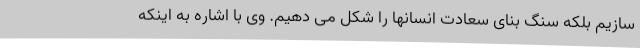
سازیم بلکه سنگ بنای سعادت انسانها را شکل می دهیم. وی با اشاره به اینکه